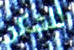
للشكر